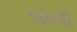
લાળી